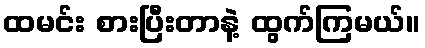
ထမင်း စားပြီးတာနဲ့ ထွက်ကြမယ်။